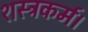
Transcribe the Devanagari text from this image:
शस्त्रकर्म।